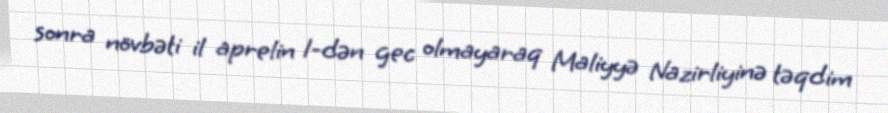
sonra növbəti il aprelin 1-dən gec olmayaraq Maliyyə Nazirliyinə təqdim